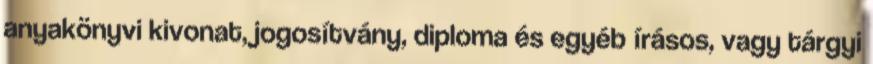
anyakönyvi kivonat, jogosítvány, diploma és egyéb írásos, vagy tárgyi